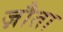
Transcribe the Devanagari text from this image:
ज़ौता